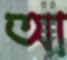
আ